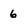
Character: 6